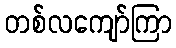
တစ်လကျော်ကြာ